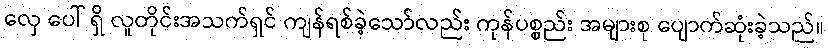
လှေ ပေါ် ရှိ လူတိုင်းအသက်ရှင် ကျန်ရစ်ခဲ့သော်လည်း ကုန်ပစ္စည်း အများစု ပျောက်ဆုံးခဲ့သည်။